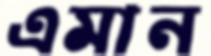
এমান